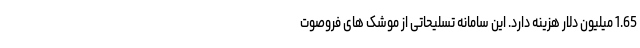
1.65 میلیون دلار هزینه دارد. این سامانه تسلیحاتی از موشک های فروصوت